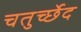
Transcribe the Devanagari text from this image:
चतुर्च्छेद